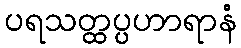
ပရသတ္ထပ္ပဟာရာနံ